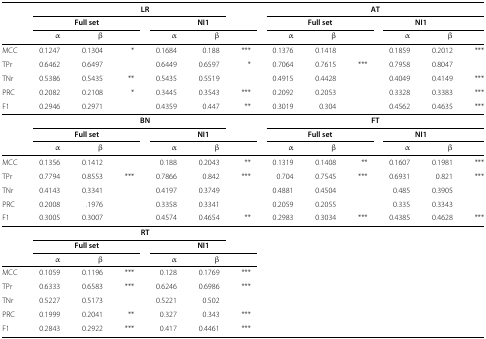
<table><thead><tr><td><b> </b></td><td colspan="5"><b>LR</b></td><td><b> </b></td><td colspan="6"><b>AT</b></td></tr><tr><td><b> </b></td><td colspan="3"><b>Full set</b></td><td colspan="3"><b>NI1</b></td><td colspan="3"><b>Full set</b></td><td colspan="2"><b>NI1</b></td><td><b> </b></td></tr><tr><td><b> </b></td><td><b><i>α</i></b></td><td><b><i>β</i></b></td><td><b> </b></td><td><b><i>α</i></b></td><td><b><i>β</i></b></td><td><b> </b></td><td><b><i>α</i></b></td><td><b><i>β</i></b></td><td><b> </b></td><td><b><i>α</i></b></td><td><b><i>β</i></b></td><td><b> </b></td></tr></thead><tbody><tr><td>MCC</td><td>0.1247</td><td>0.1304</td><td>*</td><td>0.1684</td><td>0.188</td><td>***</td><td>0.1376</td><td>0.1418</td><td> </td><td>0.1859</td><td>0.2012</td><td>***</td></tr><tr><td>TPr</td><td>0.6462</td><td>0.6497</td><td> </td><td>0.6449</td><td>0.6597</td><td>*</td><td>0.7064</td><td>0.7615</td><td>***</td><td>0.7958</td><td>0.8047</td><td> </td></tr><tr><td>TNr</td><td>0.5386</td><td>0.5435</td><td>**</td><td>0.5435</td><td>0.5519</td><td> </td><td>0.4915</td><td>0.4428</td><td> </td><td>0.4049</td><td>0.4149</td><td>***</td></tr><tr><td>PRC</td><td>0.2082</td><td>0.2108</td><td>*</td><td>0.3445</td><td>0.3543</td><td>***</td><td>0.2092</td><td>0.2053</td><td> </td><td>0.3328</td><td>0.3383</td><td>***</td></tr><tr><td>F1</td><td>0.2946</td><td>0.2971</td><td> </td><td>0.4359</td><td>0.447</td><td>**</td><td>0.3019</td><td>0.304</td><td> </td><td>0.4562</td><td>0.4635</td><td>***</td></tr><tr><td> </td><td colspan="5"><b>BN</b></td><td> </td><td colspan="6"><b>FT</b></td></tr><tr><td> </td><td colspan="3"><b>Full set</b></td><td colspan="3"><b>NI1</b></td><td colspan="3"><b>Full set</b></td><td colspan="2"><b>NI1</b></td><td> </td></tr><tr><td> </td><td><i>α</i></td><td><i>β</i></td><td> </td><td><i>α</i></td><td><i>β</i></td><td> </td><td><i>α</i></td><td><i>β</i></td><td> </td><td><i>α</i></td><td><i>β</i></td><td> </td></tr><tr><td>MCC</td><td>0.1356</td><td>0.1412</td><td> </td><td>0.188</td><td>0.2043</td><td>**</td><td>0.1319</td><td>0.1408</td><td>**</td><td>0.1607</td><td>0.1981</td><td>***</td></tr><tr><td>TPr</td><td>0.7794</td><td>0.8553</td><td>***</td><td>0.7866</td><td>0.842</td><td>***</td><td>0.704</td><td>0.7545</td><td>***</td><td>0.6931</td><td>0.821</td><td>***</td></tr><tr><td>TNr</td><td>0.4143</td><td>0.3341</td><td> </td><td>0.4197</td><td>0.3749</td><td> </td><td>0.4881</td><td>0.4504</td><td> </td><td>0.485</td><td>0.3905</td><td> </td></tr><tr><td>PRC</td><td>0.2008</td><td>.1976</td><td> </td><td>0.3358</td><td>0.3341</td><td> </td><td>0.2059</td><td>0.2055</td><td> </td><td>0.335</td><td>0.3343</td><td> </td></tr><tr><td>F1</td><td>0.3005</td><td>0.3007</td><td> </td><td>0.4574</td><td>0.4654</td><td>**</td><td>0.2983</td><td>0.3034</td><td>***</td><td>0.4385</td><td>0.4628</td><td>***</td></tr><tr><td> </td><td colspan="5"><b>RT</b></td><td colspan="7"> </td></tr><tr><td> </td><td colspan="3"><b>Full set</b></td><td colspan="3"><b>NI1</b></td><td colspan="3"> </td><td colspan="3"> </td></tr><tr><td> </td><td><i>α</i></td><td><i>β</i></td><td> </td><td><i>α</i></td><td><i>β</i></td><td> </td><td> </td><td> </td><td> </td><td> </td><td> </td><td> </td></tr><tr><td>MCC</td><td>0.1059</td><td>0.1196</td><td>***</td><td>0.128</td><td>0.1769</td><td>***</td><td> </td><td> </td><td> </td><td> </td><td> </td><td> </td></tr><tr><td>TPr</td><td>0.6333</td><td>0.6583</td><td>***</td><td>0.6246</td><td>0.6986</td><td>***</td><td> </td><td> </td><td> </td><td> </td><td> </td><td> </td></tr><tr><td>TNr</td><td>0.5227</td><td>0.5173</td><td> </td><td>0.5221</td><td>0.502</td><td> </td><td> </td><td> </td><td> </td><td> </td><td> </td><td> </td></tr><tr><td>PRC</td><td>0.1999</td><td>0.2041</td><td>**</td><td>0.327</td><td>0.343</td><td>***</td><td> </td><td> </td><td> </td><td> </td><td> </td><td> </td></tr><tr><td>F1</td><td>0.2843</td><td>0.2922</td><td>***</td><td>0.417</td><td>0.4461</td><td>***</td><td> </td><td> </td><td> </td><td> </td><td> </td><td> </td></tr></tbody></table>